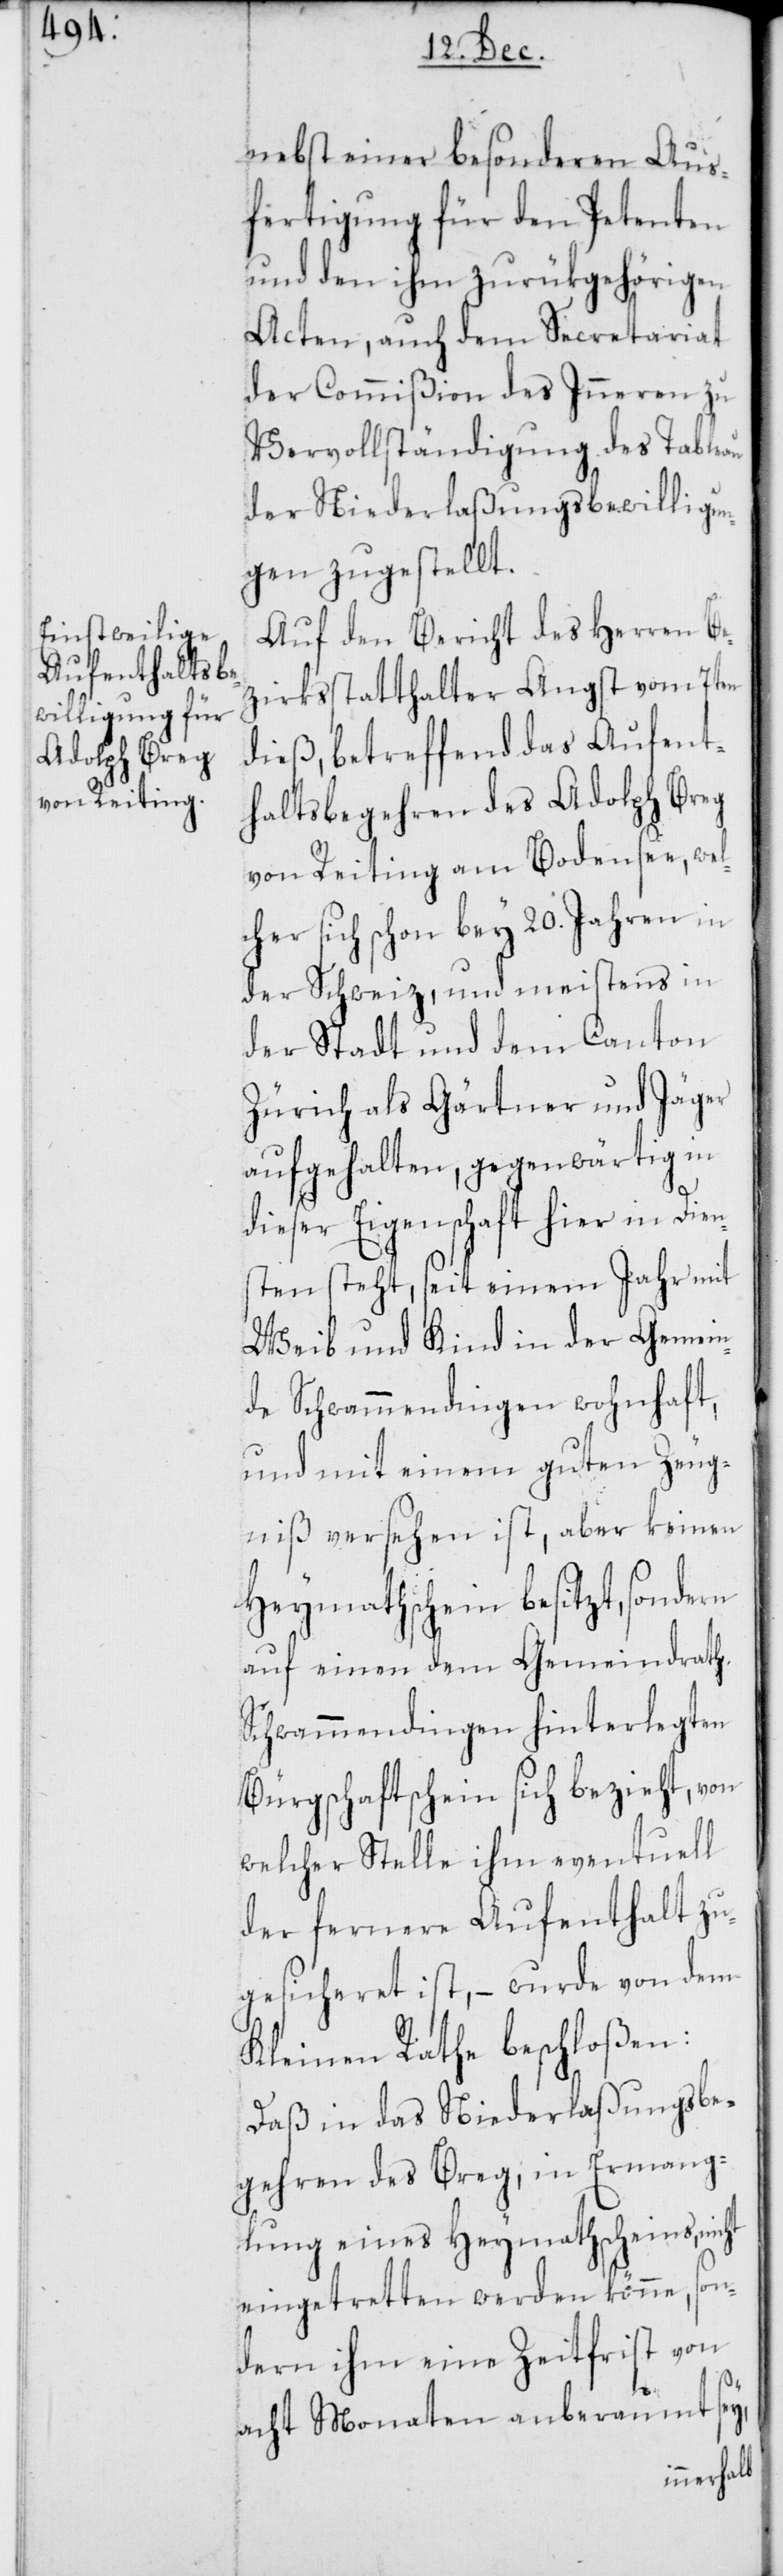
nebst einer besonderen Aus¬
fertigung für den Petenten
und den ihm zurükgehörigen
Acten, auch dem Secretariat
der Commißion des Inneren zu
Vervollständigung des Tableau
der Niederlaßungsbewilligun¬
gen zugestellt.
Auf den Bericht des Herren Be¬
zirksstatthalter Angst vom 7ten
dieß, betreffend das Aufent¬
haltsbegehren des Adolph Breg
von Reiting am Bodensee, wel¬
cher sich schon bey 20. Jahren in
der Schweiz, und meistens in
der Stadt und dem Canton
Zürich als Gärtner und Jäger
aufgehalten, gegenwärtig in
dieser Eigenschaft hier in Dien¬
sten steht, seit einem Jahr mit
Weib und Kind in der Gemein¬
de Schwammendingen wohnhaft,
und mit einem guten Zeug¬
niß versehen ist, aber keinen
Heymathschein besitzt, sondern
auf einen dem Gemeindrath
Schwammendingen hinterlegten
Bürgschaftschein sich bezieht, von
welcher Stelle ihm eventuell
der fernere Aufenthalt zu¬
gesicheret ist, – wurde von dem
Kleinen Rathe beschloßen:
Daß in das Niederlaßungsbe¬
gehren des Breg, in Ermange¬
lung eines Heymathscheins, nicht
eingetretten werden könne, son¬
dern ihm eine Zeitfrist von
acht Monaten anberaumt sey,